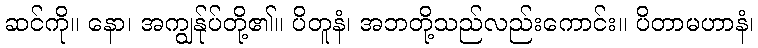
ဆင်ကို။ နော၊ အကျွန်ုပ်တို့၏။ ပိတူနံ၊ အဘတို့သည်လည်းကောင်း။ ပိတာမဟာနံ၊